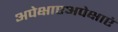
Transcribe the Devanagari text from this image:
अपेक्षाएअपेक्षाएं